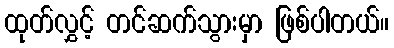
ထုတ်လွှင့် တင်ဆက်သွားမှာ ဖြစ်ပါတယ်။